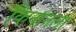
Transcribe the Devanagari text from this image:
किर्नानला